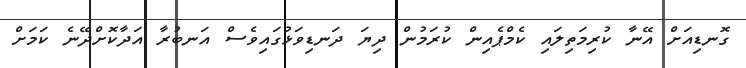
ގޮނޑިއަށް އޭނާ ކުރިމަތިލައި ކެމްޕެއިން ކުރަމުން ދިޔަ ދަނޑިވަޅުގައިވެސް އަނބުރާ އަދާކޮށްދޭނެ ކަމަށް